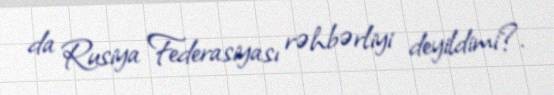
da Rusiya Federasiyası rəhbərliyi deyildimi?.